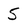
Character: 5